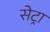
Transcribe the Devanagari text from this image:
सेट्रा